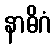
နာဓိဂံ